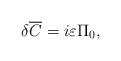
LaTeX: \begin{align*}\delta {\overline C} = i\varepsilon \Pi _0, \end{align*}